Triigi,_Aleksandri_(Koue)_vallakohus, lk 9
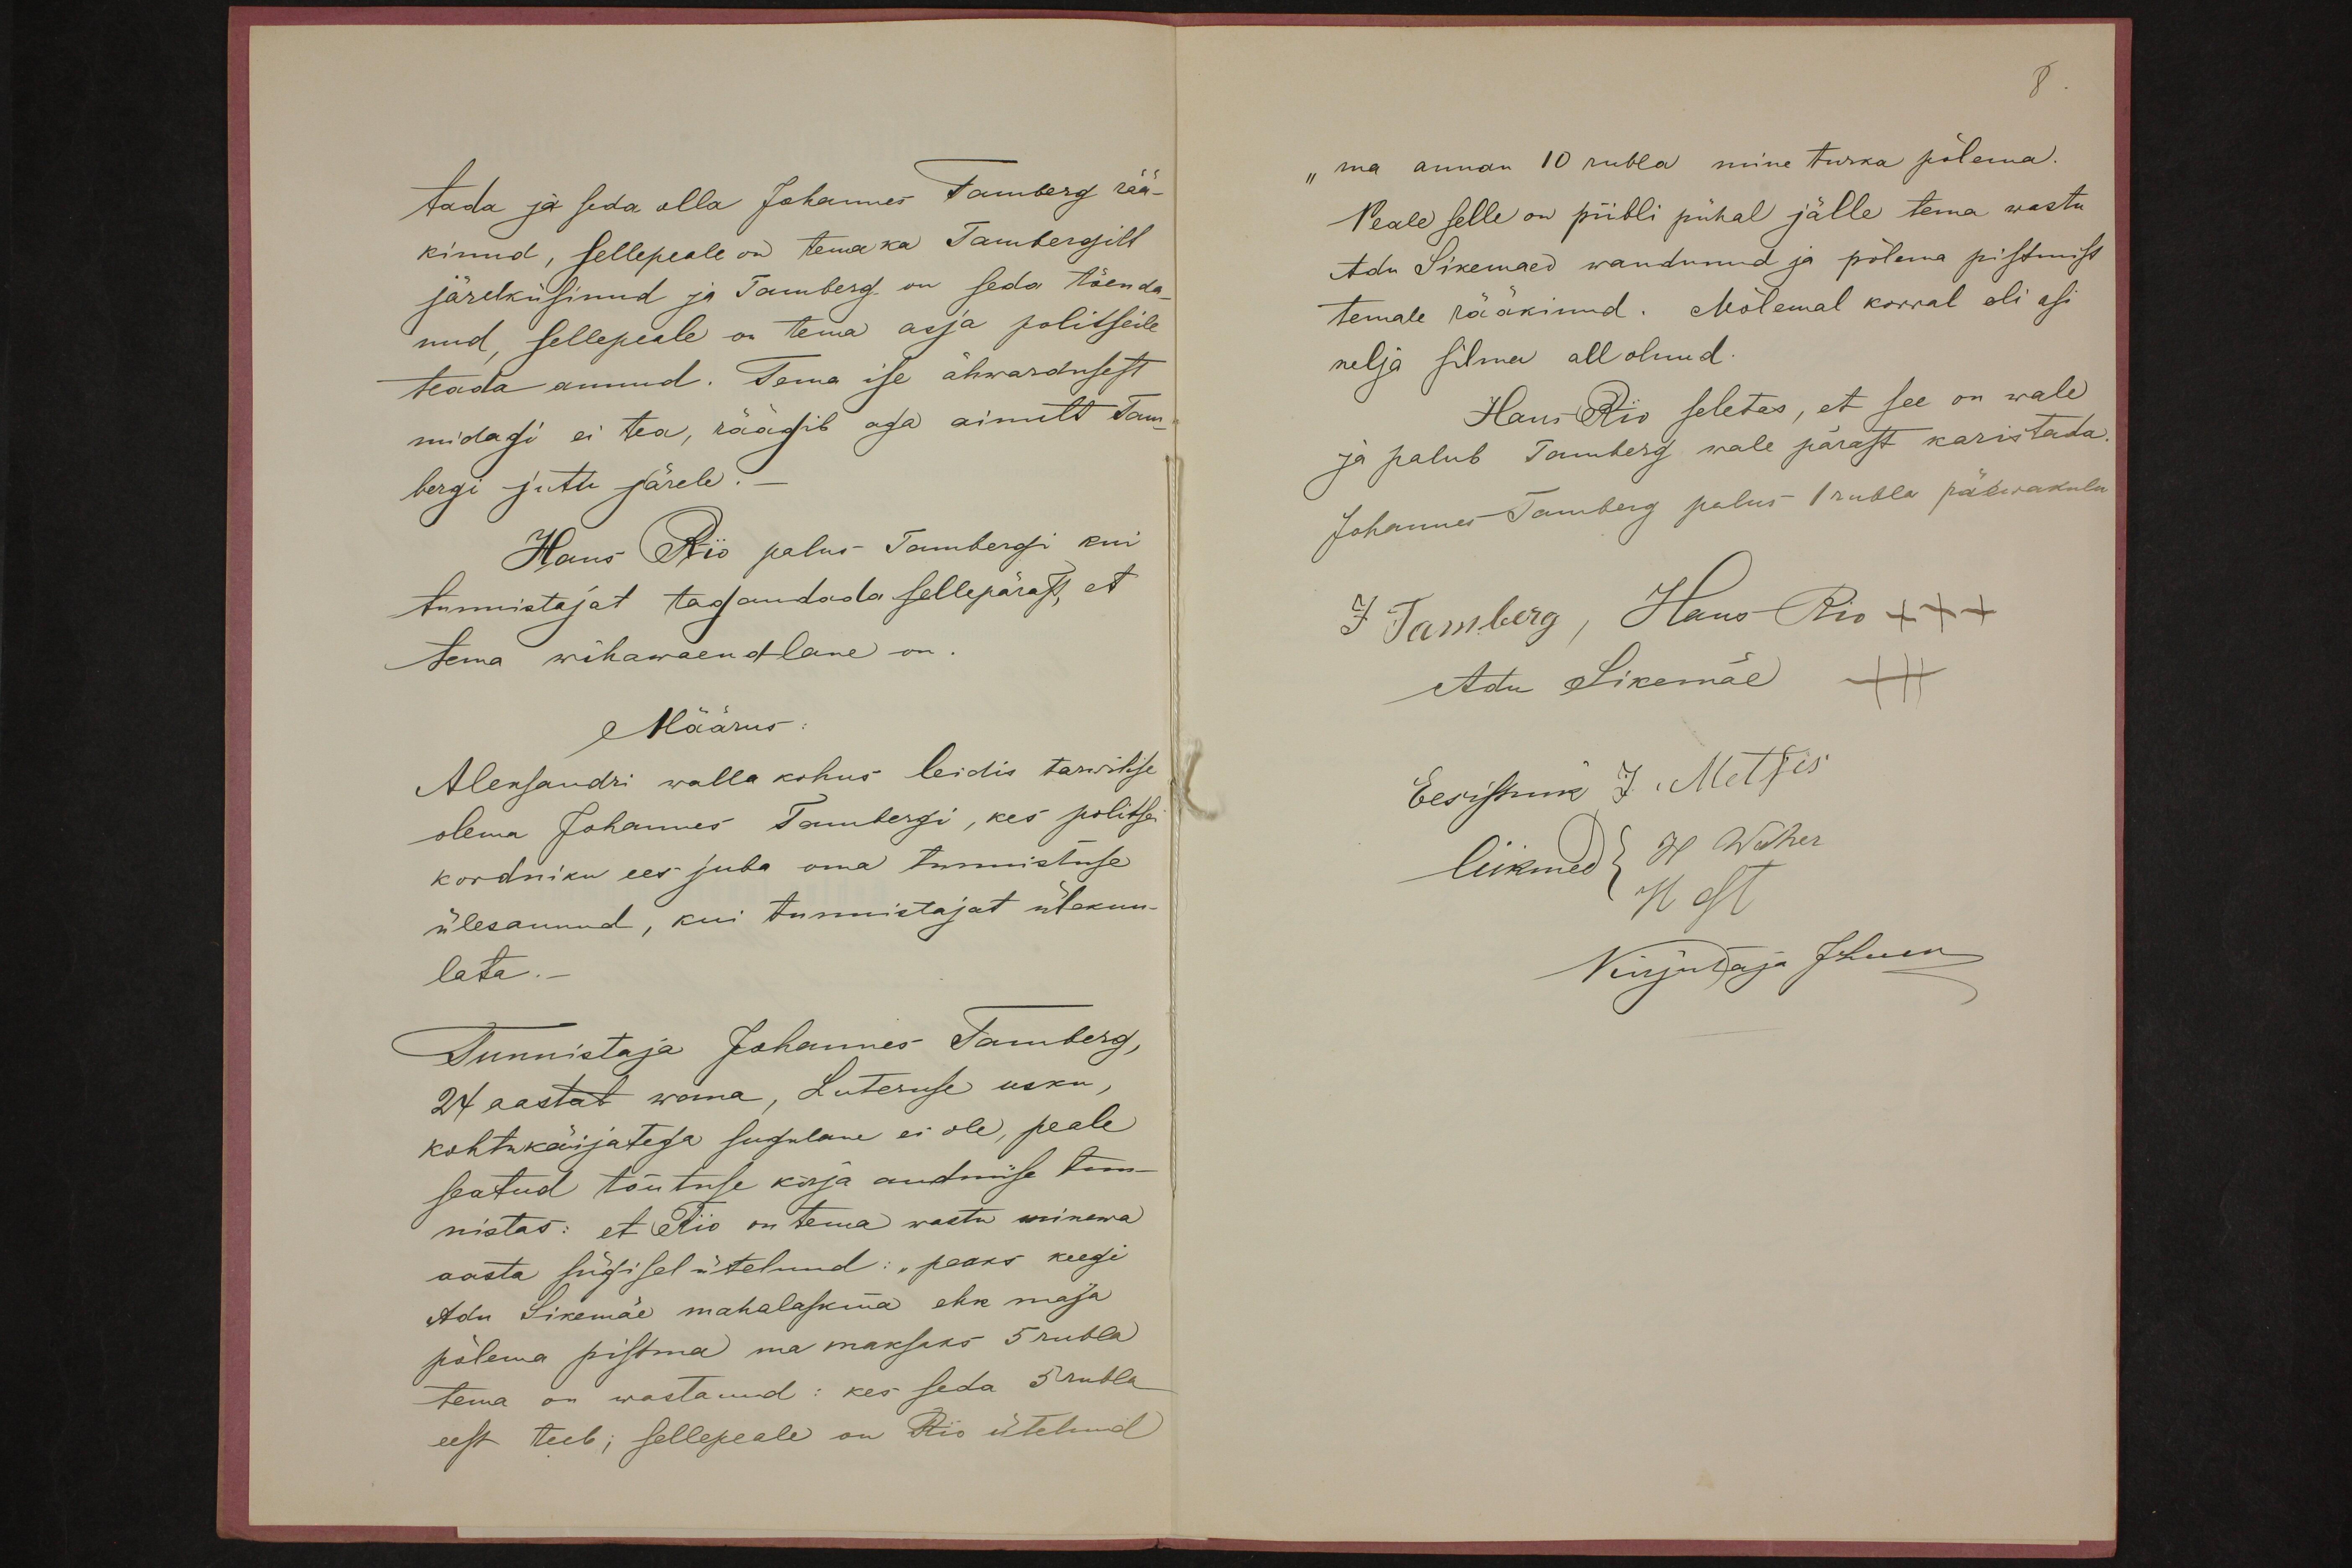
tada ja seda olla Johannes Tamberg rää-
kinud, sellepeale on tema ka Tambergilt
järelküsinud ja Tamberg on seda tõenda-
nud, sellepeale on tema asja politseile
teada annud. Tema ise ähwardusest
midagi ei tea, räägib aga ainult Tam-
bergi jutu järele. -
Hans Rio palus Tambergi kui
tunnistajat tagandada sellepärast, et
tema wihawaendlane on.
Määrus:
Aleksandri walla kohus leidis tarwilise
olema Johannes Tambergi, kes politse
kordniku ees juba oma tunnistuse
ülesannud, kui tunnistajat ülekuu-
lata. -
Tunnistaja Johannes Tamberg,
24 aastat wana, Luteruse usku,
kohtukäijatega sugulane ei ole, peale
seatud tõutuse kirja andmise tun-
nistas: et Rio on tema wastu minewa
aasta sügisel ütelnud: "peaks keegi
Adu Sikemäe mahalaskma ehk maja
põlema pistma ma maksaks 5 rubla
tema on wastanud: kes seda 5 rubla
eest teeb; sellepeale on Rio ütelnud

"ma annan 10 rubla mine turka põlema.
Peale selle on piibli pühal jälle tema wastu
Adu Sikemaed wandunud ja põlema pistmist
temale rääkinud. Mõlemal korral oli asi
nelja silma all olnud.
Hans Rio seletas, et see on wale
ja palub Tamberg wale pärast karistada.
Johannes Tamberg palus 1 rubla päewakulu
J Tamberg, Hans Rio +++
Adu Sikemäe  +++
Eesistnik J. Metsis
liikmed H Waher
H. Ost
Kirjutaja J. Luck